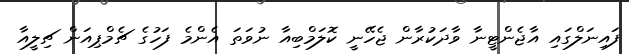
ފައިނަލްގައި އާޖެންޓީނާ ވާދަކުރާން ޖެހޭނީ ކޮލަމްބިއާ ނުވަތަ އެންމެ ފަހުގެ ޗެމްޕިއަން ޗިލީއާ